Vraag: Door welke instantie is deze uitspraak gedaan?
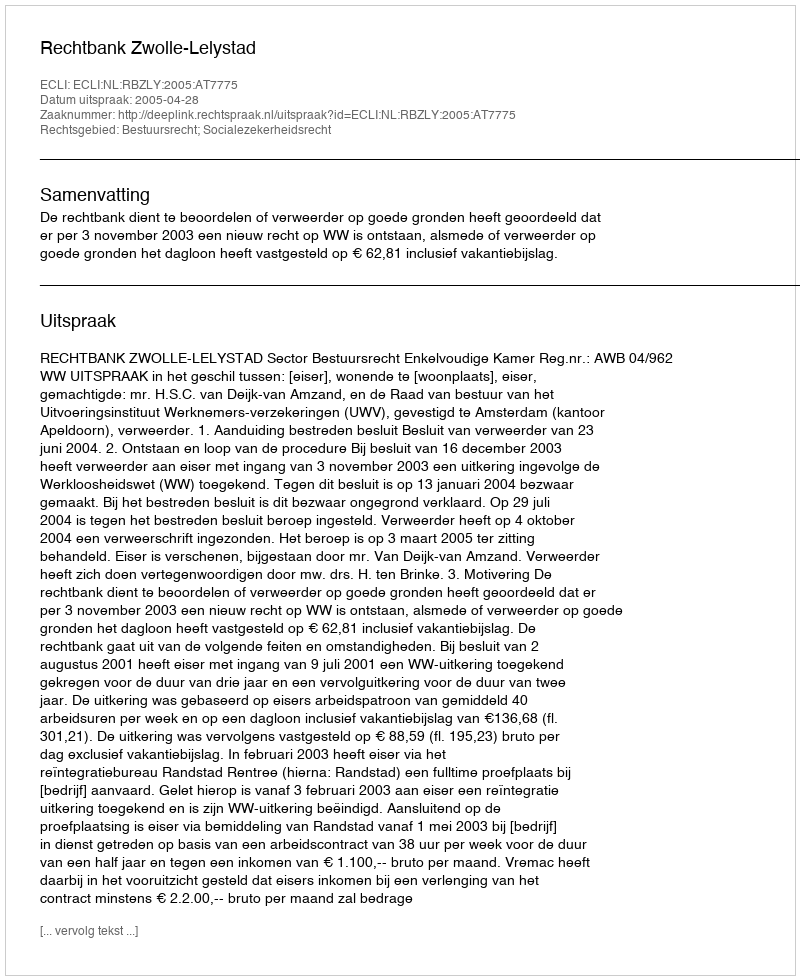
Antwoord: Rechtbank Zwolle-Lelystad